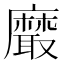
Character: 黀